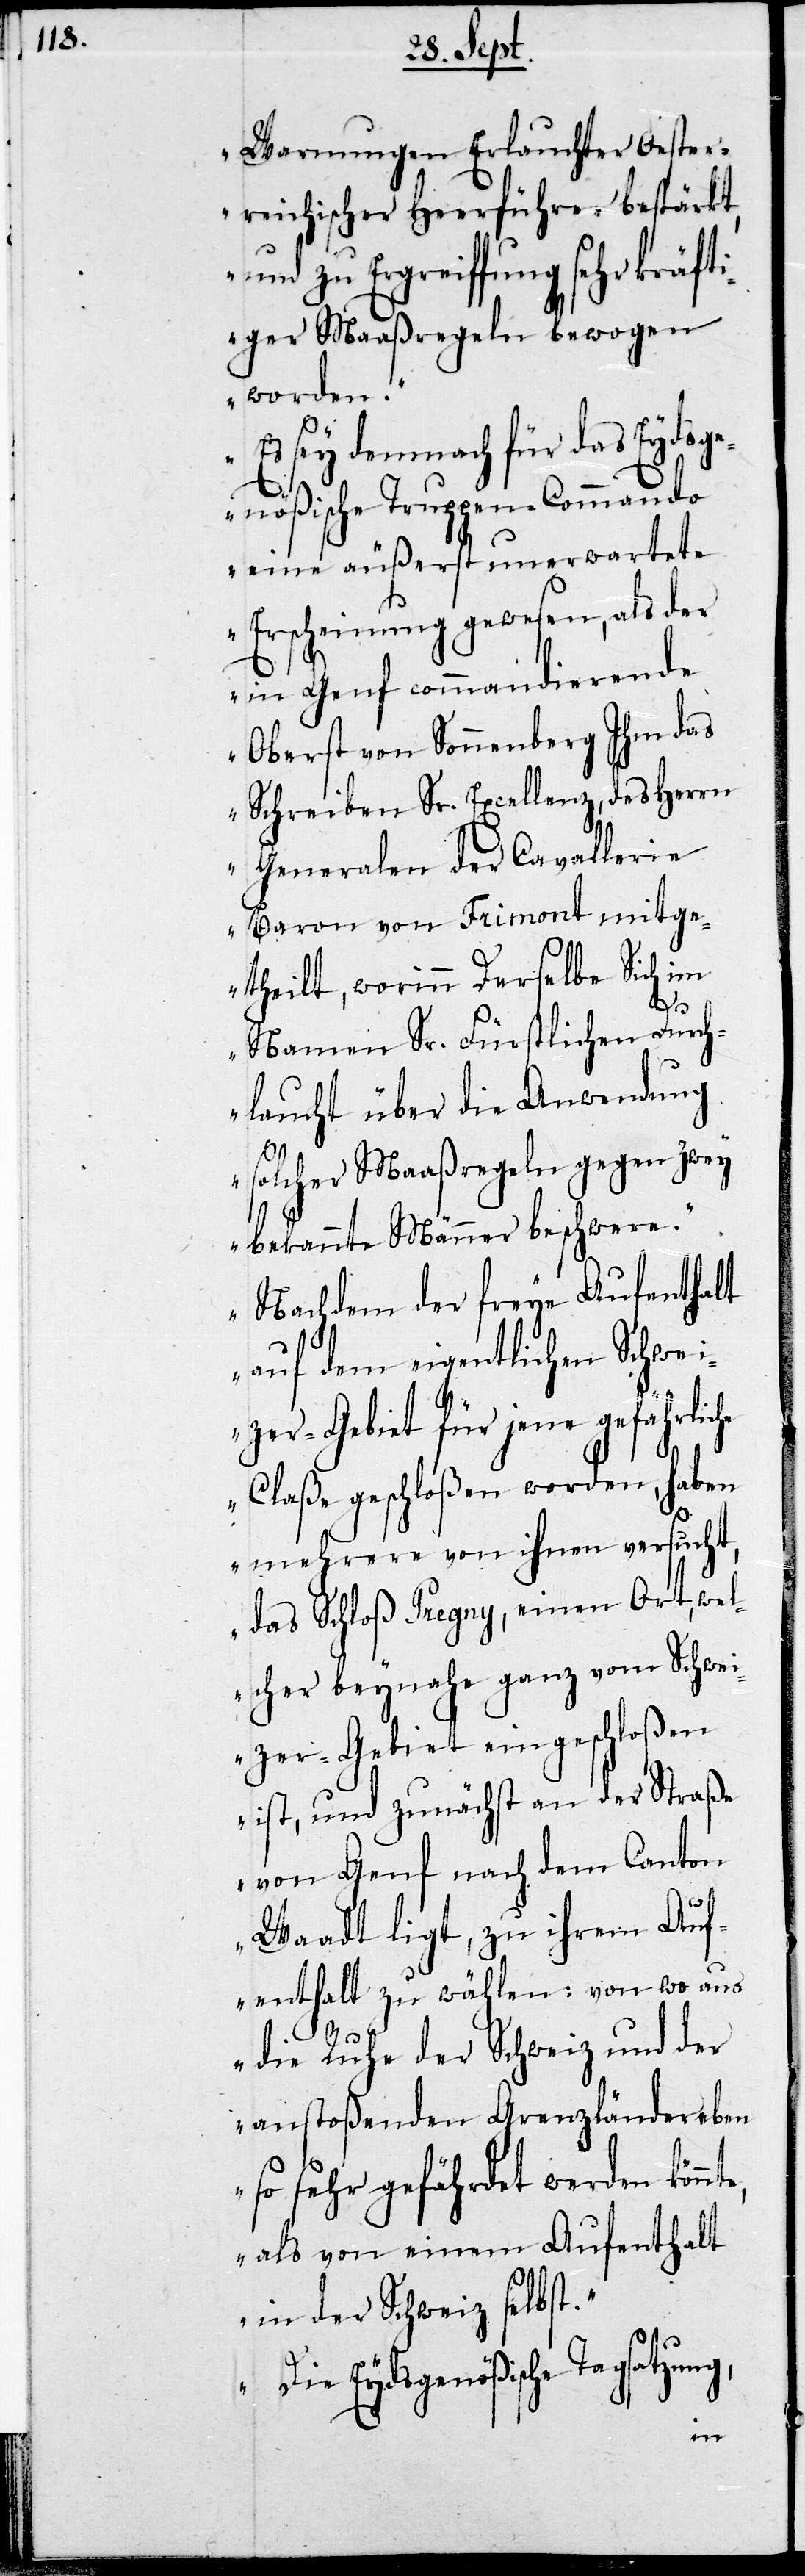
Warnungen Erlauchter Oester¬
reichischer Heerführer bestärkt,
zu Ergreiffung sehr kräft¬
iger Maasregelen bewogen
worden.
Es sey demnach für das Eydsge¬
nößische Truppen-Commando
eine äußerst unerwartete
Erscheinung gewesen, als der
in Genf commandierende
Oberst von Sonnenberg Ihm das
Schreiben Sr. Excellenz, des Herrn
Generalen der Cavallerie
Baron von Frimont mitge¬
theilt, worinn Derselbe Sich im
Namen Sr. Fürstlichen Durch¬
laucht über die Anordnung
solcher Maaßregeln gegen zwey
bekannte Männer beschwere.
Nachdem der freye Aufenthalt
auf dem eigentlichen Schwei¬
zer-Gebiet für jene gefährlic¬
Claße geschloßen worden, haben
mehrere von ihnen versucht,
das Schloß Pregny, einen Ort, wel¬
cher beynahe ganz vom Schwei¬
zer-Gebiet eingeschloßen
ist, und zunächst an der Straße
von Genf nach dem Canton
Waadt ligt, zu ihrem Auf¬
enthalt zu wählen: von wo aus
die Ruhe der Schweiz und der
anstoßenden Grenzländer eben
so sehr gefährdet werden könnt¬
als von einem Aufenthalt
in der Schweiz selbst.
Die Eydsgenößische Tagsatzu¬
ng,